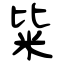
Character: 粊